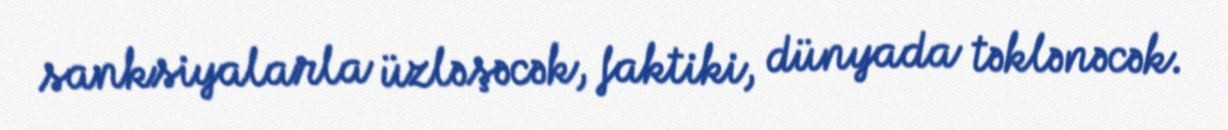
sanksiyalarla üzləşəcək, faktiki, dünyada təklənəcək.